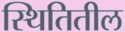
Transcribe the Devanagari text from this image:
स्थितितील